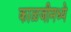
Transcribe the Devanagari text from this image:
काळजीमध्ये